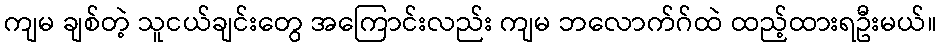
ကျမ ချစ်တဲ့ သူငယ်ချင်းတွေ အကြောင်းလည်း ကျမ ဘလောက်ဂ်ထဲ ထည့်ထားရဦးမယ်။